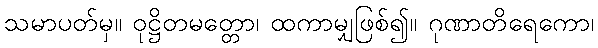
သမာပတ်မှ။ ဝုဋ္ဌိတမတ္တော၊ ထကာမျှဖြစ်၍။ ဂုဏာတိရေကော၊